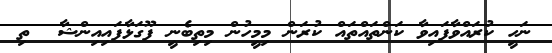
ނަހީ ކުރައްވާފައިވާ ކަންތައްތައް ކުރަން މިމީހުން މިތިބެނީ ފޫގަޅާފައިއިންޝާ  ތި